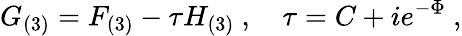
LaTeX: G_{(3)}=F_{(3)}-\tau H_{(3)}\ ,\quad\tau=C+ie^{-\Phi}\ ,